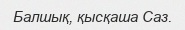
Балшық, қысқаша Саз.